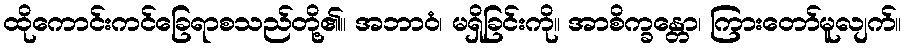
ထိုကောင်းကင်ခြေရာစသည်တို့၏။ အဘာဝံ၊ မရှိခြင်းကို။ အာစိက္ခန္တော၊ ကြားတော်မူလျက်။